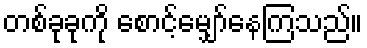
တစ်ခုခုကို စောင့်မျှော်နေကြသည်။